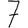
Digit: 7